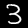
Label: 3